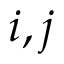
i , j